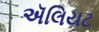
ઍલિયટ